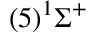
( 5 ) ^ { 1 } \Sigma ^ { + }